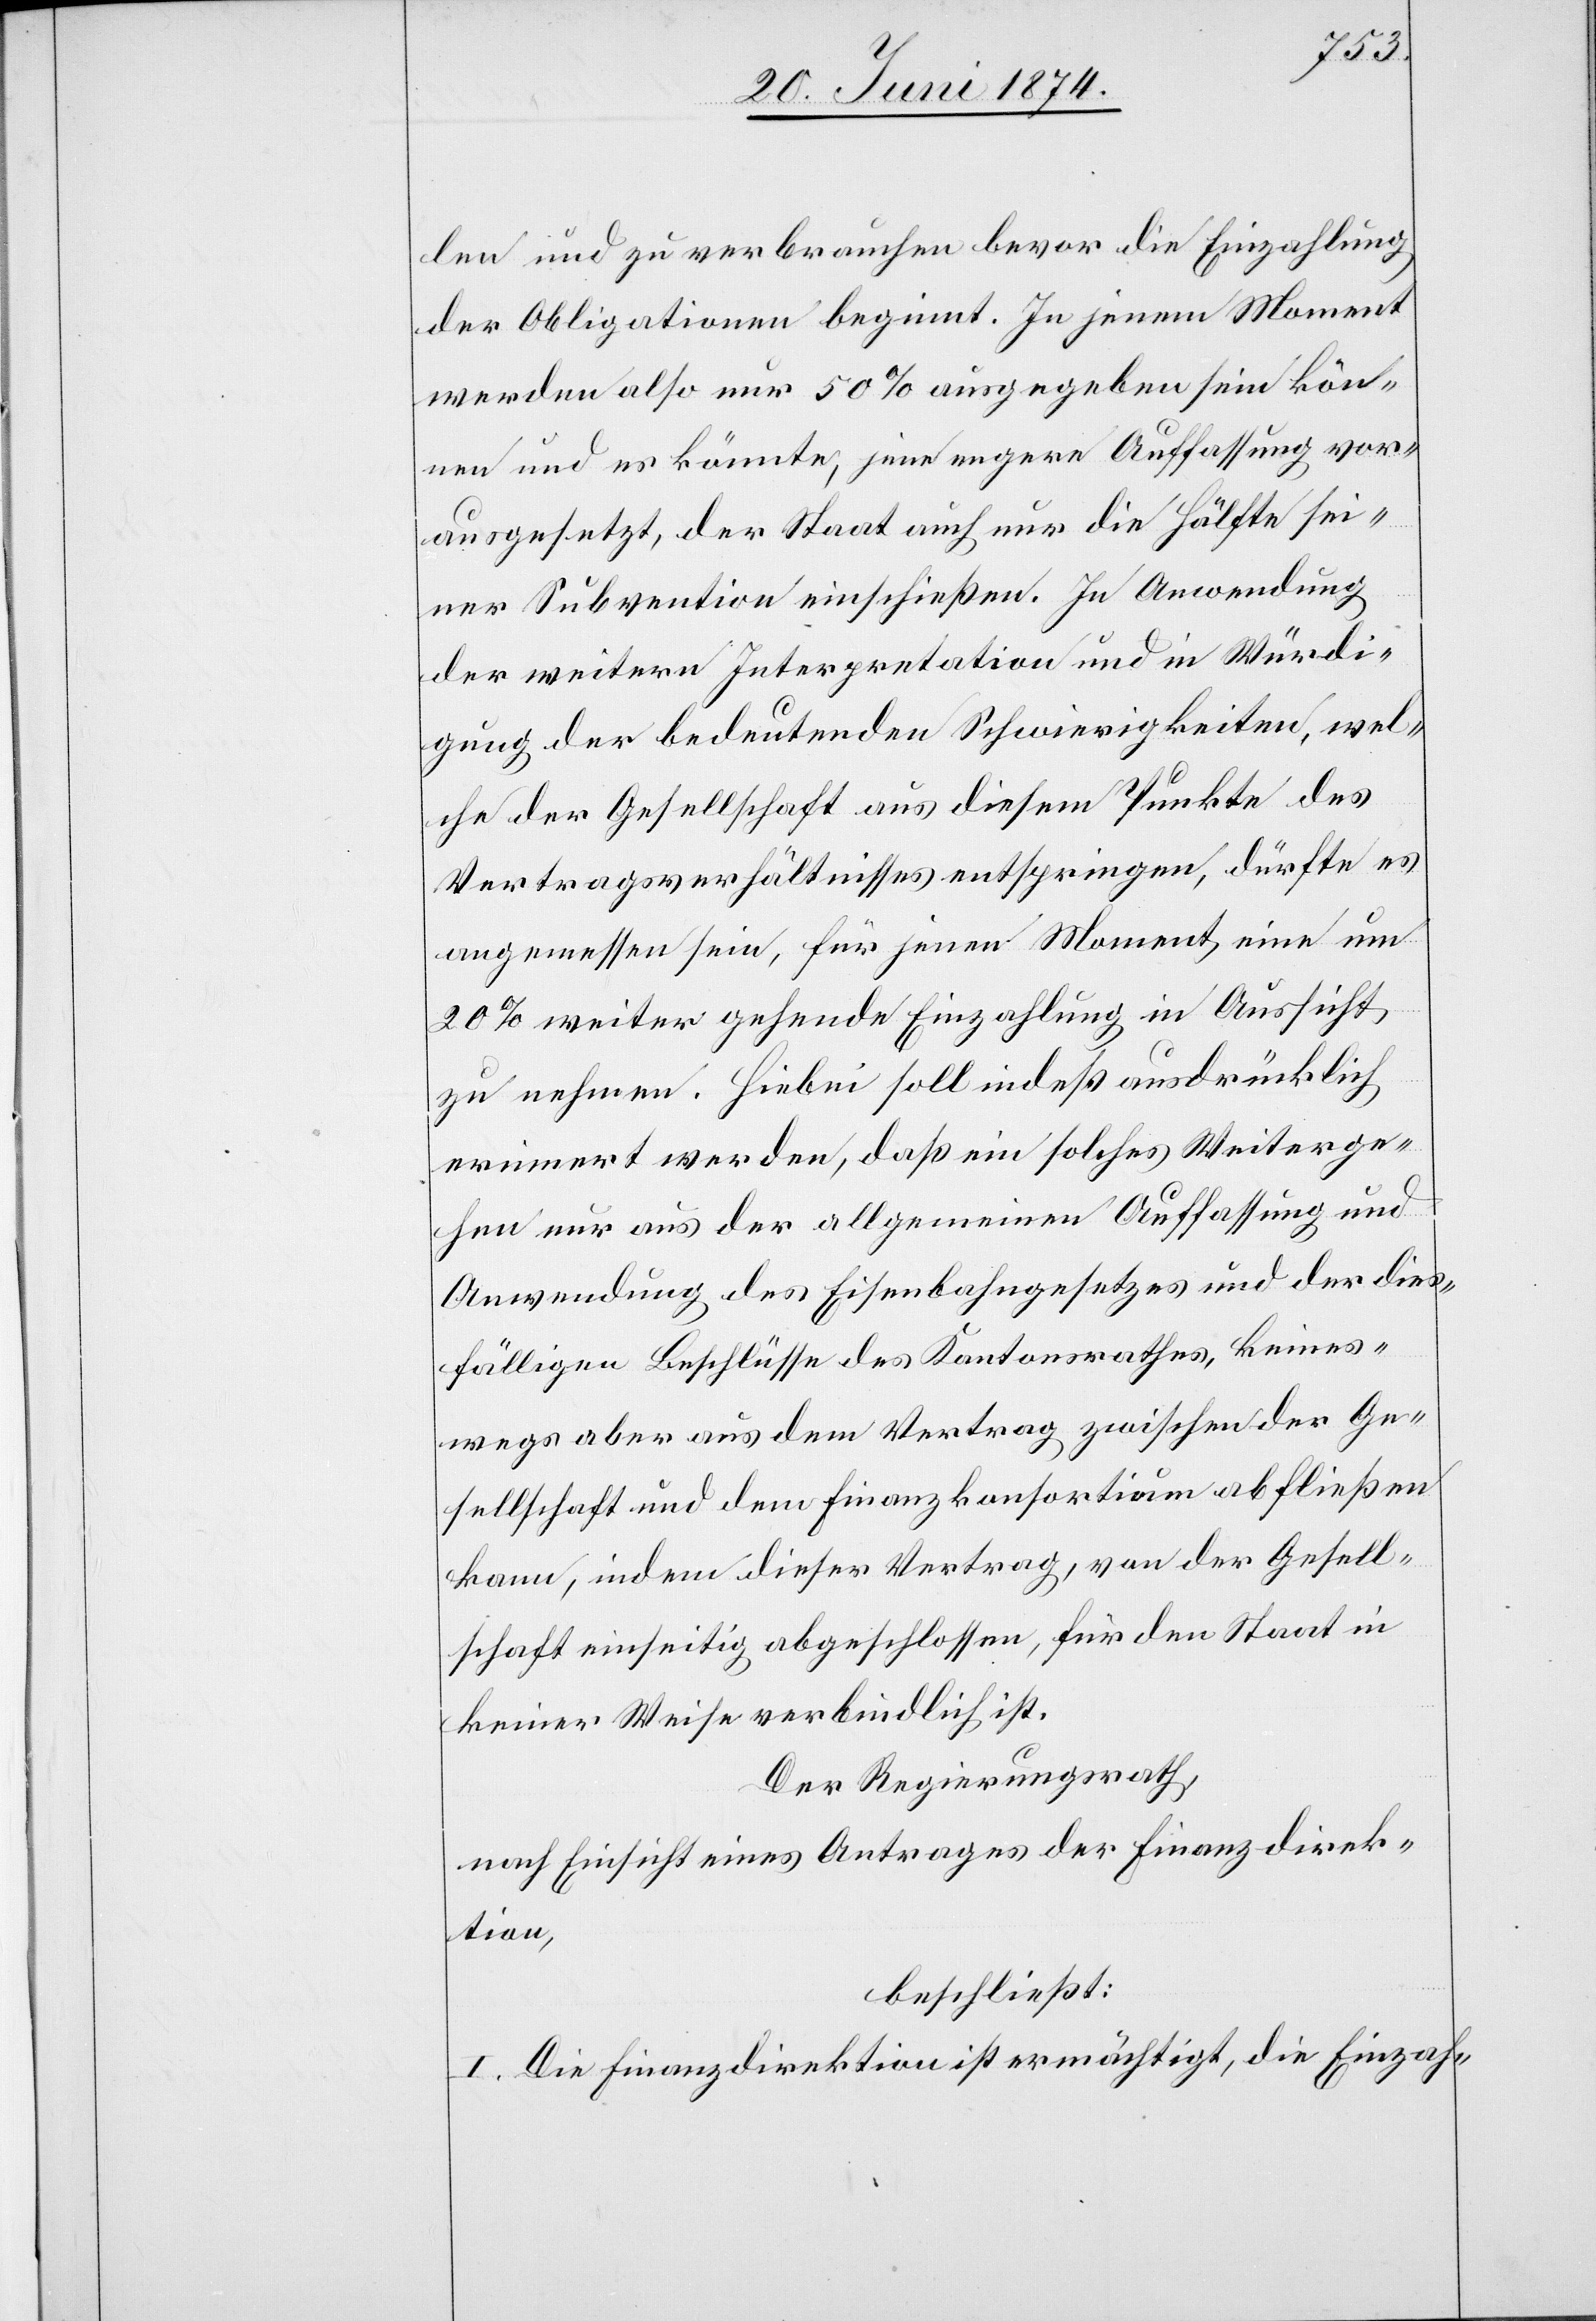
len und zu verbrauchen bevor die Einzahlung
der Obligationen beginnt. In jenem Moment
werden also nur 50% ausgegeben sein kön¬
nen und es könnte, jene engere Auffassung vor¬
ausgesetzt, der Staat auch nur die Hälfte sei¬
ner Subvention einschießen. In Anwendung
der weitern Interpretation und in Würdi¬
gung der bedeutenden Schwierigkeiten, wel¬
che der Gesellschaft aus diesem Punkte des
Vertragsverhältnisses entspringen, dürfte es
angemessen sein, für jenen Moment eine um
20% weiter gehende Einzahlung in Aussicht
zu nehmen. Hiebei soll indeß ausdrücklich
erinnert werden, daß ein solches Weiterge¬
hen nur aus der allgemeinen Auffassung und
Anwendung des Eisenbahngesetzes und der dies¬
fälligen Beschlüsse des Kantonsrathes, keines¬
wegs aber aus dem Vertrag zwischen der Ge¬
sellschaft und dem Finanzkonsortium abfließen
kann, indem dieser Vertrag, von der Gesell¬
schaft einseitig abgeschlossen, für den Staat in
keiner Weise verbindlich ist.
Der Regierungsrath,
nach Einsicht eines Antrages der Finanzdirek¬
tion,
beschließt:
I. Die Finanzdirektion ist ermächtigt, die Einzah-